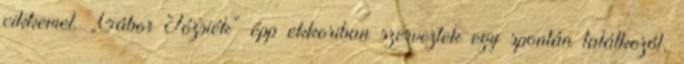
cikkemet. „Gábor Józsiék” épp ekkoriban szerveztek egy spontán találko­zót,